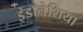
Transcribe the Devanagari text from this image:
इंडॉनेशिया